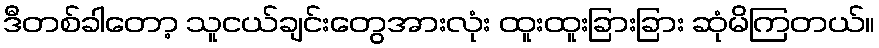
ဒီတစ်ခါတော့ သူငယ်ချင်းတွေအားလုံး ထူးထူးခြားခြား ဆုံမိကြတယ်။